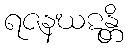
ရဇနဃဋန္တိ